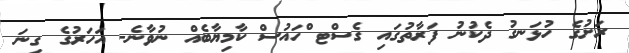
ރަށުގެ ހުޅަނގު ދެކުނު ފަރާތުގައި ގެސްޓ ްހައުސް ކާމިޔާބެއް ނުވާނެ- އަހަރުގެ ގިނަ